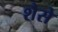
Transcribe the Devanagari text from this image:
शैसे